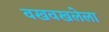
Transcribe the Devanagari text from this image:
वखवखलेला